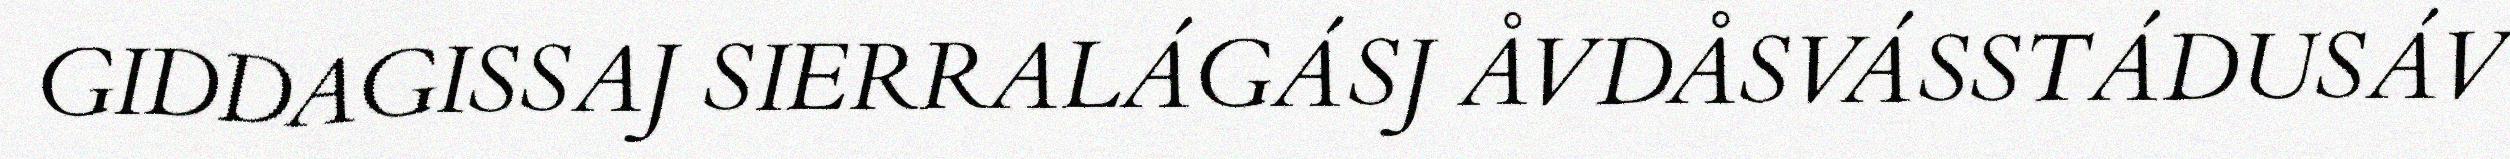
GIDDAGISSAJ SIERRALÁGÁSJ ÅVDÅSVÁSSTÁDUSÁV